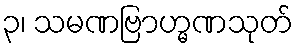
၃၊ သမဏဗြာဟ္မဏသုတ်